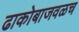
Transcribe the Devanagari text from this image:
ढाकोबाजवळच